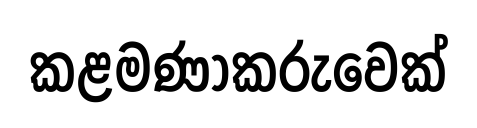
කළමණාකරුවෙක්